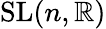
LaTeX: \operatorname{SL}(n,\mathbb{R})